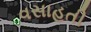
વસાહતી